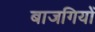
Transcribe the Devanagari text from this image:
बाजगियों